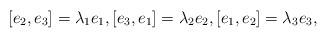
LaTeX: \begin{align*}[e_{2},e_{3}]=\lambda_{1}e_{1},[e_{3},e_{1}] = \lambda_{2}e_{2},[e_{1},e_{2}] = \lambda_{3}e_{3},\end{align*}